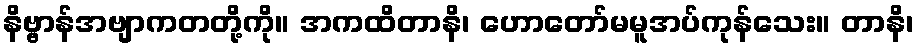
နိဗ္ဗာန်အဗျာကတတို့ကို။ အကထိတာနိ၊ ဟောတော်မမူအပ်ကုန်သေး။ တာနိ၊